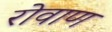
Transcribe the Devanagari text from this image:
रोवाण